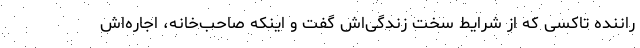
راننده تاکسی که از شرایط سخت زندگی‌اش گفت و اینکه صاحب‌خانه، اجاره‌اش